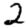
Digit: 2